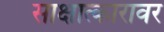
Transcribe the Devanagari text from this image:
साक्षात्कारावर